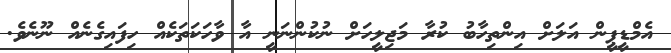
އެމްޑީޕީން އަލަށް އިންތިހާބު ކުރާ މަޖިލީހަށް ނުކުންނަނީ އާ ވާހަކަތަކެއް ހިފައިގެނެއް ނޫނެވެ.